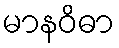
မာနဝိဓာ